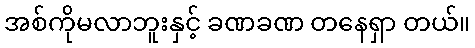
အစ်ကိုမလာဘူးနှင့် ခဏခဏ တနေရှာ တယ်။